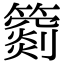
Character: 𥵲